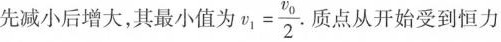
先减小后增大，其最小值为 $$v _ { 1 } = \frac { v _ { 0 } } { 2 }$$ 质点从开始受到恒力